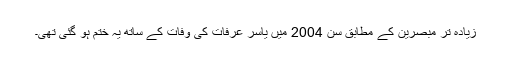
زیادہ تر مبصرین کے مطابق سن 2004 میں یاسر عرفات کی وفات کے ساتھ یہ ختم ہو گئی تھی۔